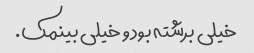
خیلی برشته بود و خیلی بینمک.